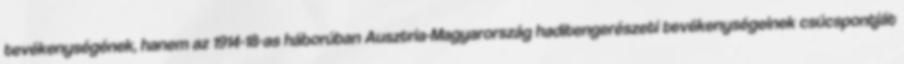
tevékenységének, hanem az 1914-18-as háborúban Ausztria-Magyarország haditengerészeti tevékenységeinek csúcspontját